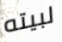
لبيته